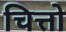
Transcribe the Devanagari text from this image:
चित्तो